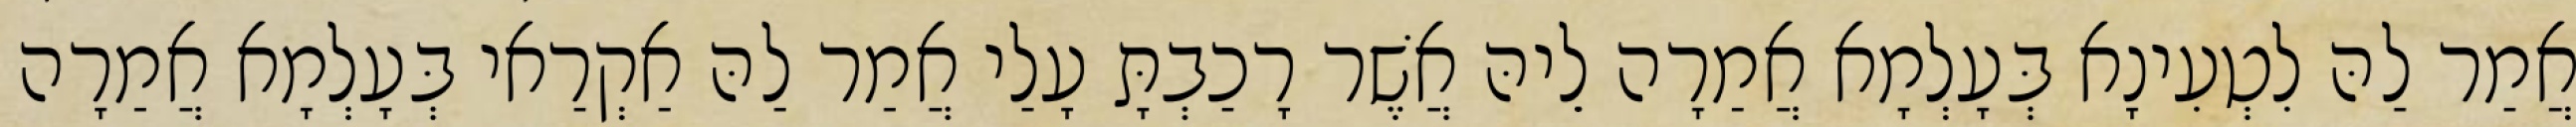
אֲמַר לַהּ לִטְעִינָא בְּעָלְמָא אֲמַרָה לֵיהּ אֲשֶׁר רָכַבְתָּ עָלַי אֲמַר לַהּ אַקְרַאי בְּעָלְמָא אֲמַרָה